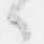
々